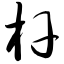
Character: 杆